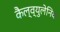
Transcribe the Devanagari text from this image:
कैल्व्युलेनिक